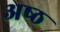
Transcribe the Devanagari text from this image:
अष्‍ठ